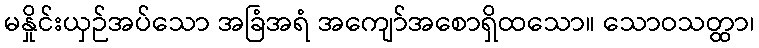
မနှိုင်းယှဉ်အပ်သော အခြံအရံ အကျော်အစောရှိထသော။ သောဝသတ္ထာ၊